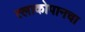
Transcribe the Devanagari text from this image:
त्लाकोपानचा